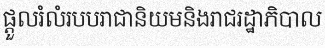
ផ្តួលរំលំរបបរាជានិយមនិងរាជរដ្ឋាភិបាល